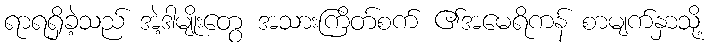
ရာရရှိခဲ့သည် အဲ့ဒါမျိုးတွေ အသားကြိတ်စက် ၏အမေရိကန် စာမျက်နှာသို့